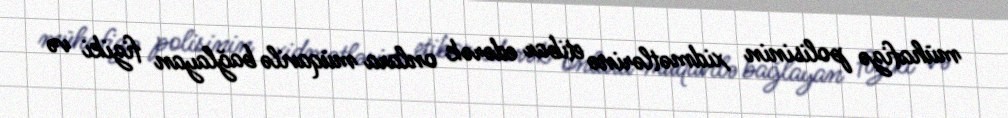
mühafizə polisinin xidmətlərinə etibar edərək onlara müqavilə bağlayan fiziki və